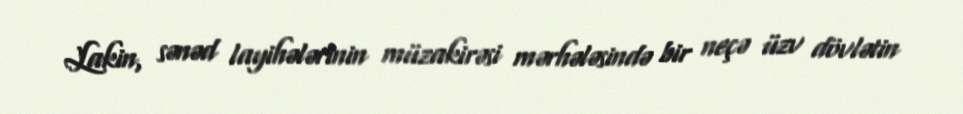
Lakin, sənəd layihələrinin müzakirəsi mərhələsində bir neçə üzv dövlətin